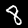
Label: 8